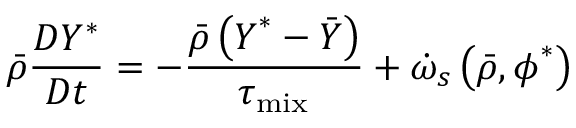
\bar { \rho } \frac { D Y ^ { * } } { D t } = - \frac { \bar { \rho } \left( \boldsymbol { Y } ^ { * } - \bar { Y } \right) } { \tau _ { \mathrm { m i x } } } + \dot { \omega } _ { s } \left( \bar { \rho } , \boldsymbol { \phi } ^ { * } \right)